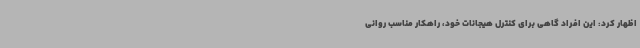
اظهار کرد: این افراد گاهی برای کنترل هیجانات خود، راهکار مناسب روانی